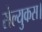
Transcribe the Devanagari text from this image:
सेल्युकस।